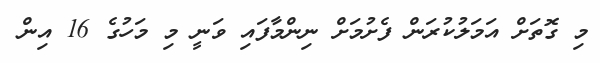
މި ގޮތަށް އަމަލުކުރަން ފެށުމަށް ނިންމާފައި ވަނީ މި މަހުގެ 16 އިން